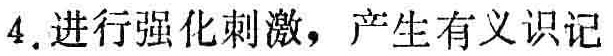
4. 进行强化刺激，产生有义识记